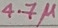
Text: 4.7µ